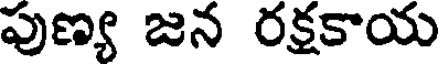
పుణ్య జన రక్షకాయ